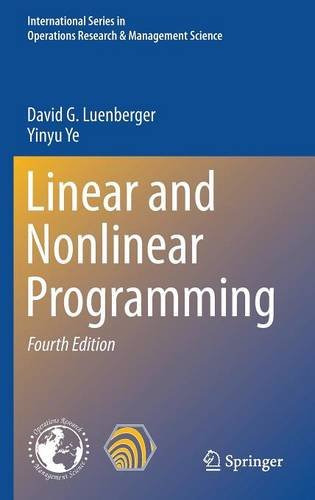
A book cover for Linear and Nonlinear Programming (International Series in Operations Research & Management Science); David G. Luenberger; Computers & Technology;